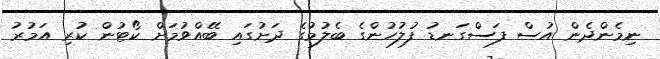
ނިމެންދެން އުސް ފަސްގަނޑު ފުލުހުންގެ ބެލުމުގެ ދަށުގައި ބޭއްވުމަށް ކޯޓުން ކުރި އަމުރު